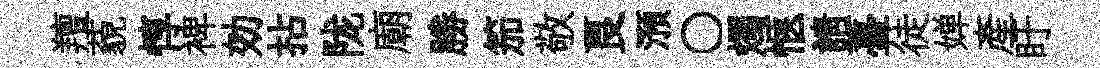
羶藐惇裨効拈陇廟勝笳敬良澦〇燭愜請薹徒婵産盱